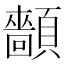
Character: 𩕡